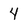
Character: 4